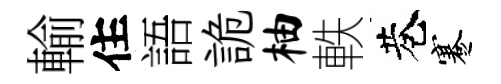
輸住語詭柚軼巷蹇